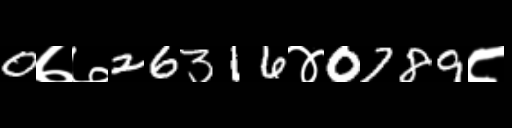
Text: 0७७26316४0789८